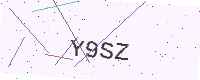
Text: Y9SZ